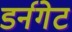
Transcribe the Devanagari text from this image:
डर्नगेट